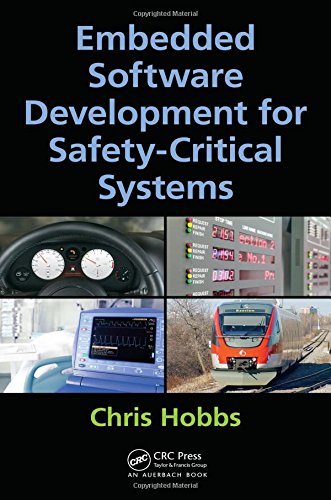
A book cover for Embedded Software Development for Safety-Critical Systems; Chris Hobbs; Computers & Technology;